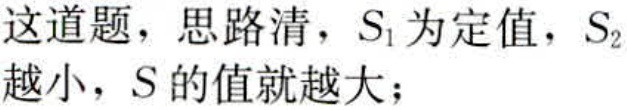
这道题，思路清，\(S_{1}\)为定值，\(S_{2}\)越小，\(S\)的值就越大；